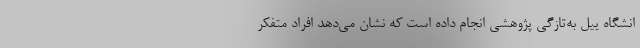
انشگاه ییل به‌تازگی پژوهشی انجام داده است که نشان می‌دهد افراد متفکر